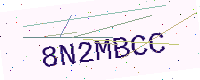
Text: 8N2MBCC